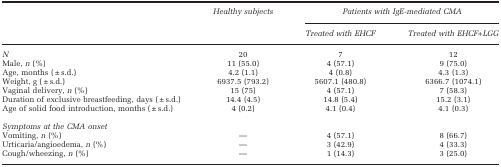
|  | Healthy subjects | <COLSPAN=2> Patients with IgE-mediated CMA |
 |  |  | Treated with EHCF | Treated with EHCF+LGG |
 | --- | --- | --- | --- |
 | N | 20 | 7 | 12 |
 | Male, n (%) | 11 (55.0) | 4 (57.1) | 9 (75.0) |
 | Age, months (±s.d.) | 4.2 (1.1) | 4 (0.8) | 4.3 (1.3) |
 | Weight, g (±s.d.) | 6937.5 (793.2) | 5607.1 (480.8) | 6366.7 (1074.1) |
 | Vaginal delivery, n (%) | 15 (75) | 4 (57.1) | 7 (58.3) |
 | Duration of exclusive breastfeeding, days (±s.d.) | 14.4 (4.5) | 14.8 (5.4) | 15.2 (3.1) |
 | Age of solid food introduction, months (±s.d.) | 4 (0.2) | 4.1 (0.4) | 4.1 (0.3) |
 | <COLSPAN=4>  |
 | Symptoms at the CMA onset |  |  |  |
 | Vomiting, n (%) | — | 4 (57.1) | 8 (66.7) |
 | Urticaria/angioedema, n (%) | — | 3 (42.9) | 4 (33.3) |
 | Cough/wheezing, n (%) | — | 1 (14.3) | 3 (25.0) |